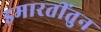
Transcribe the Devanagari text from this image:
इमारतींतुन